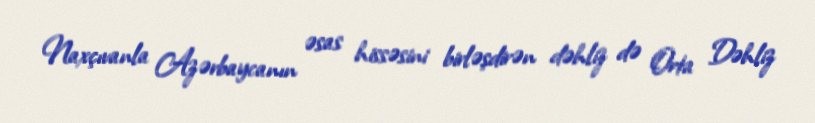
Naxçıvanla Azərbaycanın əsas hissəsini birləşdirən dəhliz də Orta Dəhliz